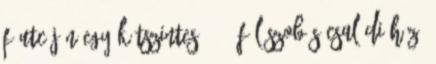
főutcáján egy kétszintes, 4 1 fél szobás családi ház.